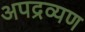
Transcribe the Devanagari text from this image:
अपद्रव्यण